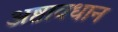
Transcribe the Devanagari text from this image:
अष्टावधान